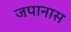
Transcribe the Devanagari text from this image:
जपानास